Indian journal of veterinary science and animal husbandry - Volume 5,
Year: 1935
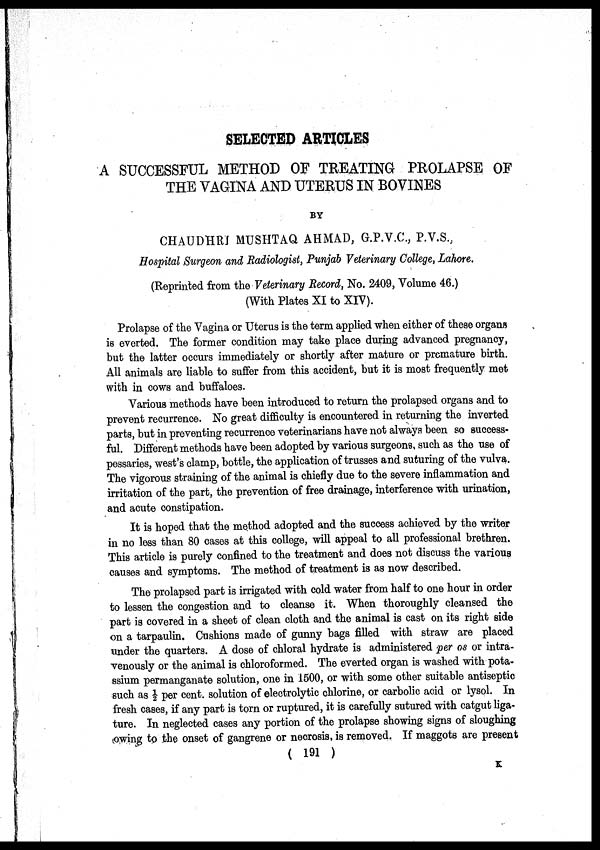
SELECTED ARTICLES
A SUCCESSFUL METHOD OF TREATING PROLAPSE OF
THE VAGINA AND UTERUS IN BOVINES
BY
CHAUDHRI MUSHTAQ AHMAD, G.P.V.C., P.V.S.,
Hospital Surgeon and Radiologist, Punjab Veterinary College, Lahore.
(Reprinted from the Veterinary Record, No. 2409, Volume 46.)
(With Plates XI to XIV).
Prolapse of the Vagina or Uterus is the term applied when either of these organs
is everted. The former condition may take place during advanced pregnancy,
but the latter occurs immediately or shortly after mature or premature birth.
All animals are liable to suffer from this accident, but it is most frequently met
with in cows and buffaloes.
Various methods have been introduced to return the prolapsed organs and to
prevent recurrence. No great difficulty is encountered in returning the inverted
parts, but in preventing recurrence veterinarians have not always been so success-
ful. Different methods have been adopted by various surgeons, such as the use of
pessaries, west's clamp, bottle, the application of trusses and suturing of the vulva.
The vigorous straining of the animal is chiefly due to the severe inflammation and
irritation of the part, the prevention of free drainage, interference with urination,
and acute constipation.
It is hoped that the method adopted and the success achieved by the writer
in no less than 80 cases at this college, will appeal to all professional brethren.
This article is purely confined to the treatment and does not discuss the various
causes and symptoms. The method of treatment is as now described.
The prolapsed part is irrigated with cold water from half to one hour in order
to lessen the congestion and to cleanse it. When thoroughly cleansed the
part is covered in a sheet of clean cloth and the animal is cast on its right side
on a tarpaulin. Cushions made of gunny bags filled with straw are placed
under the quarters. A dose of chloral hydrate is administered per os or intra-
venously or the animal is chloroformed. The everted organ is washed with pota-
ssium permanganate solution, one in 1500, or with some other suitable antiseptic
such as ½ per cent. solution of electrolytic chlorine, or carbolic acid or lysol. In
fresh cases, if any part is torn or ruptured, it is carefully sutured with catgut liga-
ture. In neglected cases any portion of the prolapse showing signs of sloughing
owing to the onset of gangrene or necrosis, is removed. If maggots are present
( 191 )
K